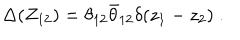
\Delta ( Z _ { 1 2 } ) = \theta _ { 1 2 } { \bar { \theta } } _ { 1 2 } \delta ( z _ { 1 } - z _ { 2 } ) \; .